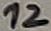
Text: 12